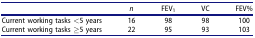
<table><thead><tr><td></td><td><b><i>n</i></b></td><td><b>FEV<sub>1</sub></b></td><td><b>VC</b></td><td><b>FEV%</b></td></tr></thead><tbody><tr><td>Current working tasks &lt;5 years</td><td>16</td><td>98</td><td>98</td><td>100</td></tr><tr><td>Current working tasks ≥5 years</td><td>22</td><td>95</td><td>93</td><td>103</td></tr></tbody></table>